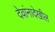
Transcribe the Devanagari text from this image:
देवांनादेखील